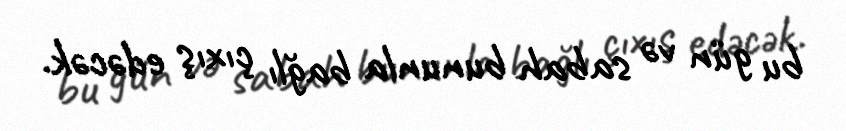
bu gün və sabah bununla bağlı çıxış edəcək.